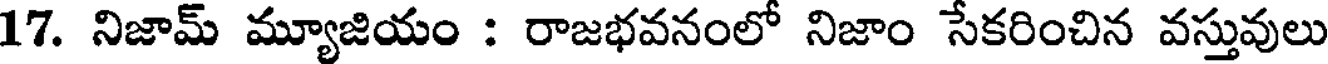
17. నిజామ్ మ్యూజియం : రాజభవనంలో నిజాం సేకరించిన వస్తువులు